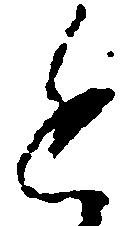
進